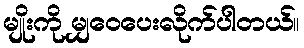
မျိုးကို မျှဝေပေးလိုက်ပါတယ်။